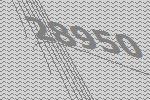
28950